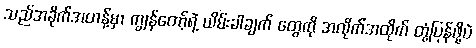
သည်အခိုက်အတန့်မှာ ကျွန်တော့်ရဲ့ ယိမ်းခါချက် တွေကို အလိုက်အထိုက် တုံ့ပြန်ဖို့ပဲ